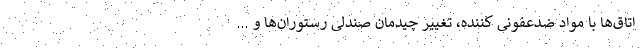
اتاق‌ها با مواد ضدعفونی کننده، تغییر چیدمان صندلی رستوران‌ها و ...